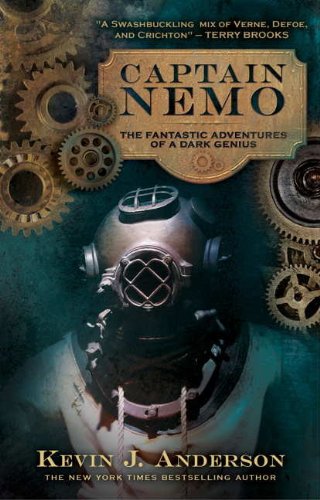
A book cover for Captain Nemo; Kevin J. Anderson; Science Fiction & Fantasy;